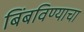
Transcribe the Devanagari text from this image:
बिंबविण्याचा